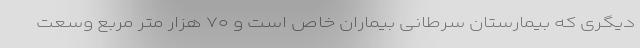
دیگری که بیمارستان سرطانی بیماران خاص است و ۷۰ هزار متر مربع وسعت